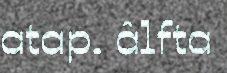
atap. âlfta